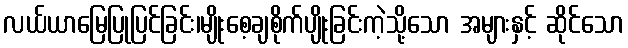
လယ်ယာမြေပြုပြင်ခြင်း၊မျိုးစေ့ချစိုက်ပျိုးခြင်းကဲ့သို့သော အများနှင့် ဆိုင်သော